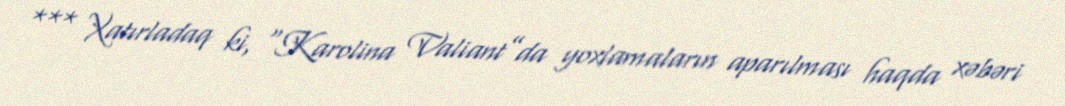
*** Xatırladaq ki, “Karolina Valiant”da yoxlamaların aparılması haqda xəbəri